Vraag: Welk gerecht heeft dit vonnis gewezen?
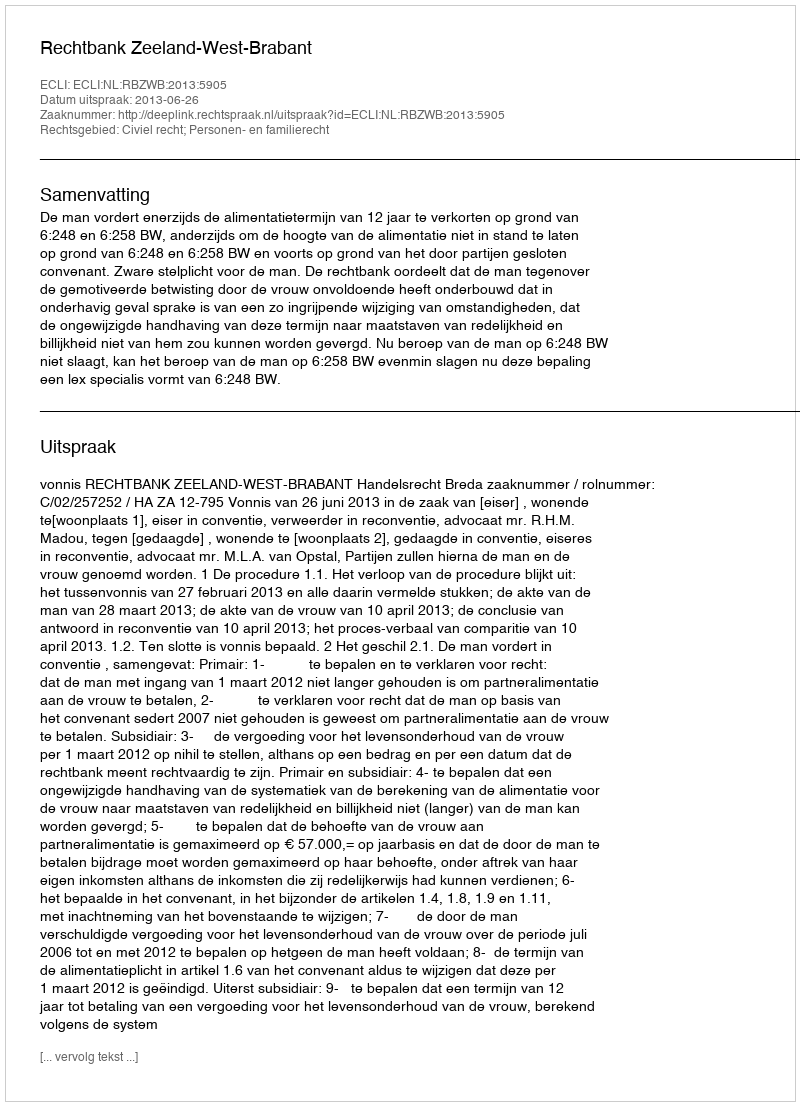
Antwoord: Rechtbank Zeeland-West-Brabant